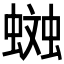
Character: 𧏎